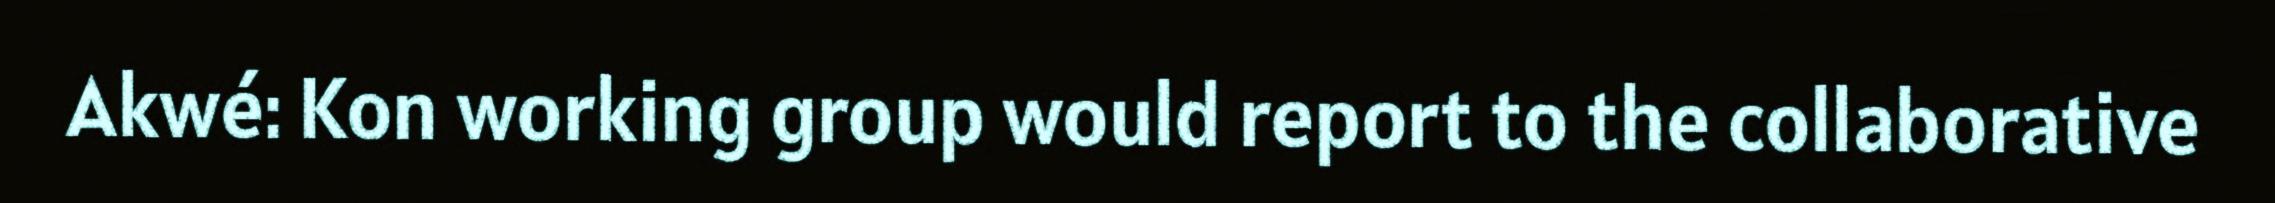
Akwé: Kon working group would report to the collaborative